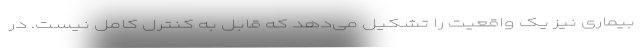
بیماری نیز یک واقعیت را تشکیل می‌دهد که قابل به کنترل کامل نیست. در